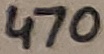
Text: 470